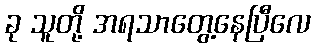
ခု သူတို့ အရသာတွေ့နေပြီလေ